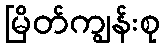
မြိတ်ကျွန်းစု